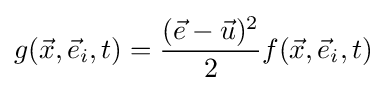
g({\vec {x}},{\vec {e}}_{i},t)={\frac {({\vec {e}}-{\vec {u}})^{2}}{2}}f({\vec {x}},{\vec {e}}_{i},t)